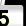
Digit: 5